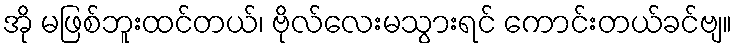
အို မဖြစ်ဘူးထင်တယ်၊ ဗိုလ်လေးမသွားရင် ကောင်းတယ်ခင်ဗျ။